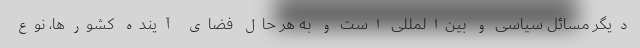
دیگر مسائل سیاسی و بین‌المللی است و به هر حال فضای آینده کشورها، نوع